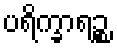
ပရိက္ခာရဉ္စ